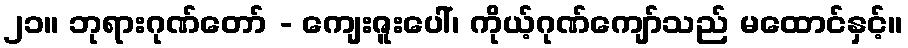
၂၁။ ဘုရားဂုဏ်တော် - ကျေးဇူးပေါ်၊ ကိုယ့်ဂုဏ်ကျော်သည် မထောင်နှင့်။